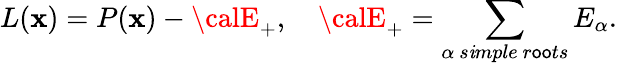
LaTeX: L(\mathbf{x})=P(\mathbf{x})-{\calE}_{+},\quad{\calE}_{+}=\sum_{\alpha\ s\mathit{i}mple\ r\mathsf{o}\mathsf{o}ts}E_{\alpha}.